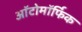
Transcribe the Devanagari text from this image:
ऑटोमॉर्फिक